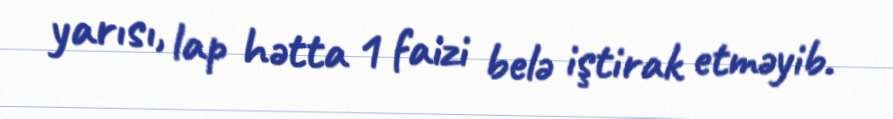
yarısı, lap hətta 1 faizi belə iştirak etməyib.